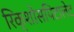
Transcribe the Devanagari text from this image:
रिक्शोसपिटालेट